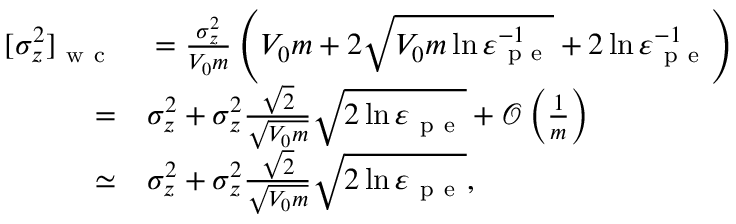
\begin{array} { r l } { [ \sigma _ { z } ^ { 2 } ] _ { \mathrm { ~ w ~ c ~ } } } & { { } = \frac { \sigma _ { z } ^ { 2 } } { V _ { 0 } m } \left( V _ { 0 } m + 2 \sqrt { V _ { 0 } m \ln \varepsilon _ { \mathrm { ~ p ~ e ~ } } ^ { - 1 } } + 2 \ln \varepsilon _ { \mathrm { ~ p ~ e ~ } } ^ { - 1 } \right) } \\ { = } & { { } \sigma _ { z } ^ { 2 } + \sigma _ { z } ^ { 2 } \frac { \sqrt { 2 } } { \sqrt { V _ { 0 } m } } \sqrt { 2 \ln \varepsilon _ { \mathrm { ~ p ~ e ~ } } } + \mathcal { O } \left( \frac { 1 } { m } \right) } \\ { \simeq } & { { } \sigma _ { z } ^ { 2 } + \sigma _ { z } ^ { 2 } \frac { \sqrt { 2 } } { \sqrt { V _ { 0 } m } } \sqrt { 2 \ln \varepsilon _ { \mathrm { ~ p ~ e ~ } } } , } \end{array}